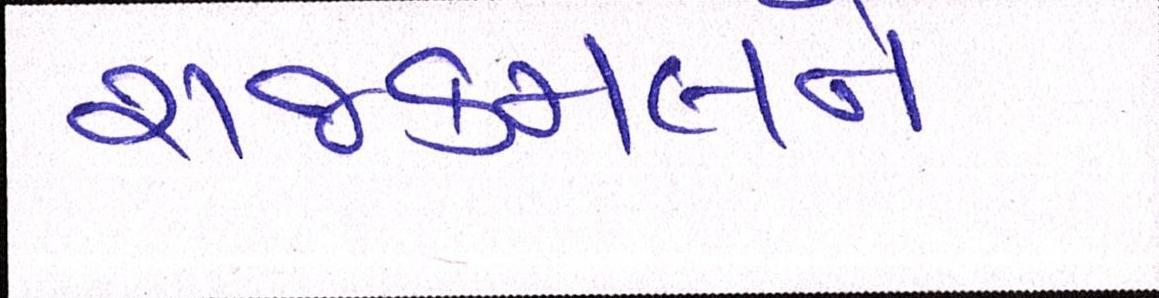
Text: રાજકમલને